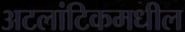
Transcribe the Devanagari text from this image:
अटलांटिकमधील